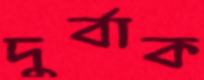
দুর্বাক